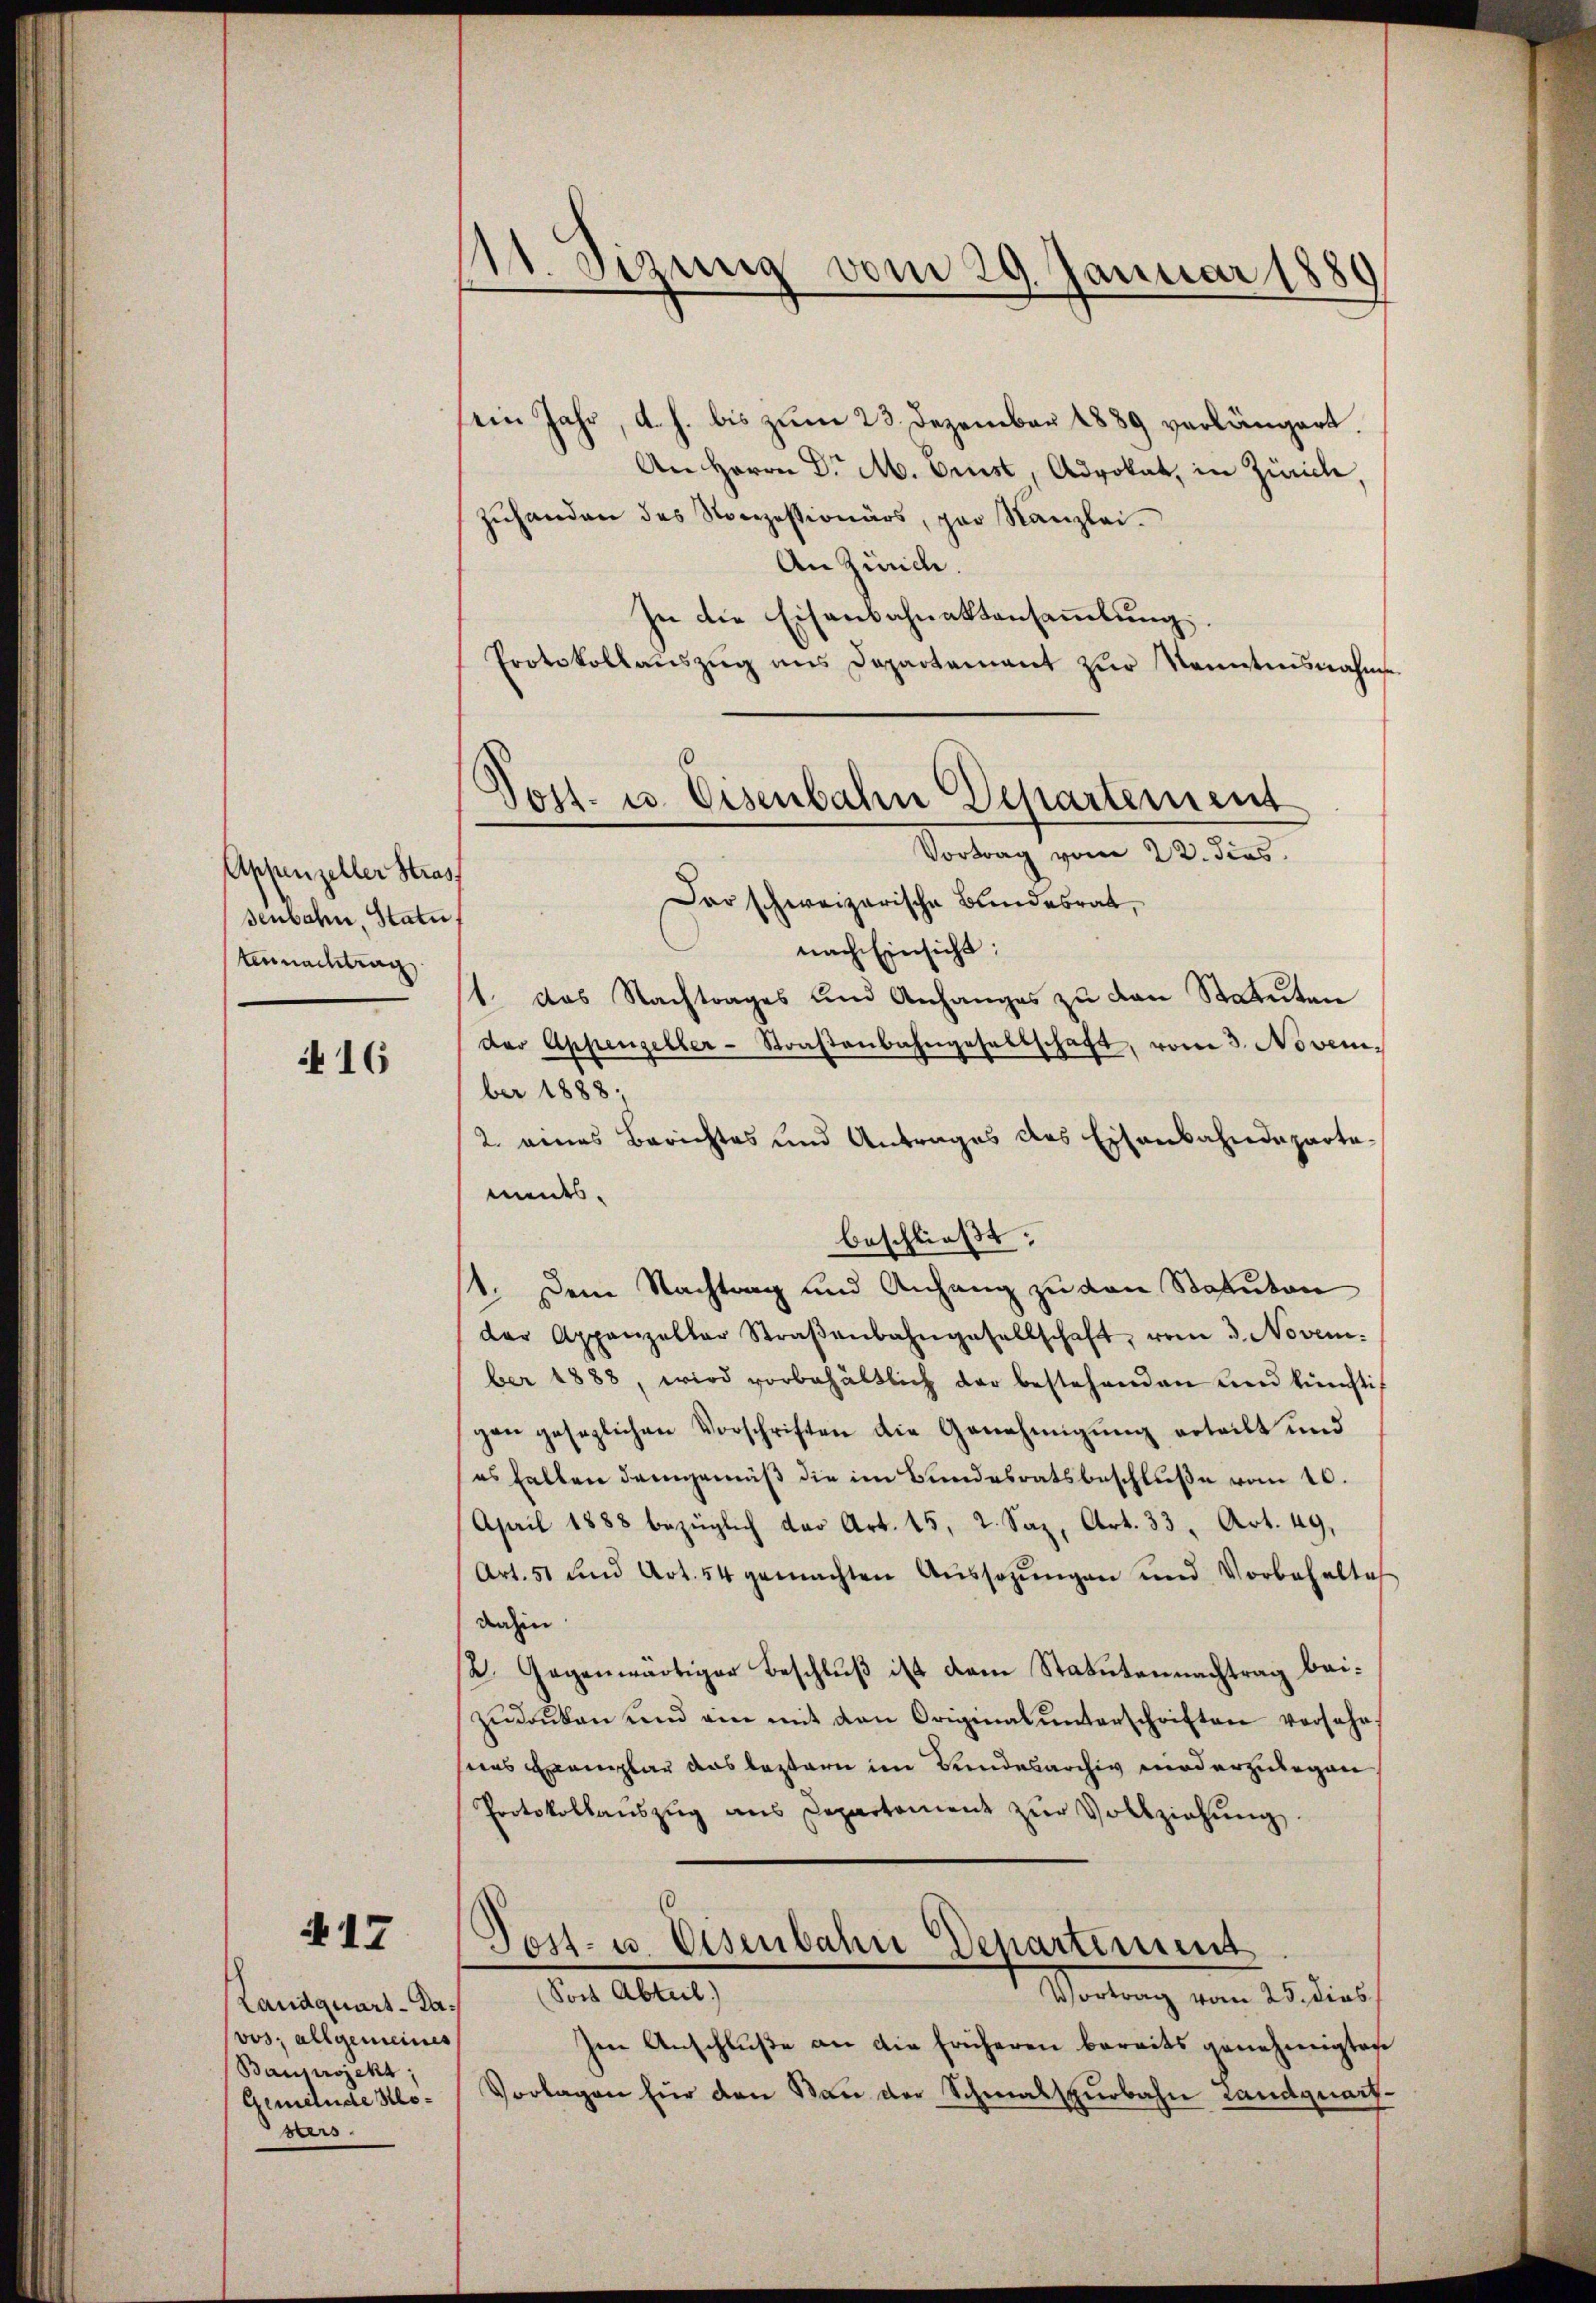
Appenzeller Strass
senbahn, Statu
tennachtrag

416

i 17

Landquart-Cavos; allgemeines
Bauprojekt,
Gemeinde Klosers

111. Sizung vom 29. Januar 1889

ein Jahr, d. h. bis zum 23. Dezember 1889 verlängert.
An Herrn Dr M. Brust, Advokat, in Zürich,
zŭhanden des Norezessionärs, par Kanzlei.
An Zürich.
In die Eisenbahnaktansaṁlŭng.
Protokollaŭszŭg ans Departement zŭr Kenntnisnahme
Post- u. Eisenbahn Departement

Vortrag vom 22. dies

Dar schweizerische Bundesrat,
nach Einsicht:
1. das Nachtrages und Anhanges zu den Statuten
der Appenzeller-Straβenbahngesellschaft, vom 3. November 1888.
2. eines Berichtes und Antrages des Eisenbahndeparta-
ments.
beschließt:
1. Dem Nachtrag und Anhang zu von Statuton
der Appenzellar Straβenbahngesellschaft, vom 3. Novem
ber 1888, wird vorbehältlich der bestehenden und künftig
gen gesezlichen Vorschriften die Genehmigŭng erteilt und
es halten demgemäß die im Bundesratsbeschluße vom 10.
April 1888 bezüglich der Art. 15, 2. Saz, Art. 33, Art. 49,
Art. 51 und Art. 54 gemachten Aŭssozŭngen und Vorbehaltes
dahin
2. Gegenwärtiger Beschluß ist dem Statutennachtrag beizŭdanken und ein mit den Original ŭnterschriften versehr,
nas Exemplar das leztern im Bundesarchiv niederzulegen
Protokollanszŭg ans Departement zŭr Vollziehŭng
Post- u. Eisenbahn Departement
Sost Abteil)
Wartung vom 15. dies
Im Anschluße an die früheren bereits genehmigten
Vorlagen für den Kan der Schmalspurbahn Landquart